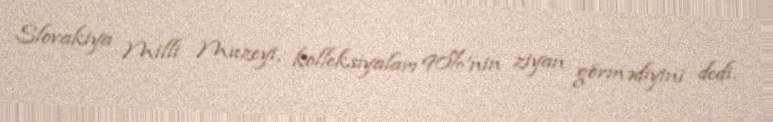
Slovakiya Milli Muzeyi, kolleksiyaları 90%'nin ziyan görmədiyini dedi.